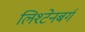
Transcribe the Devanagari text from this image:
लिश्टेनबर्ग